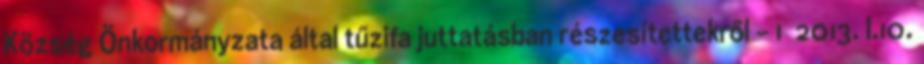
Község Önkormányzata által tűzifa juttatásban részesítettekről - 1 2013. I.10.